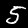
Digit: 5